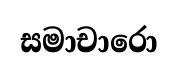
සමාචාරො